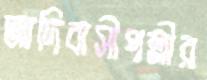
আদিবাসীপল্লীর